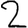
Digit: 2